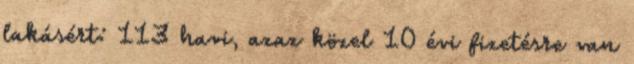
lakásért: 113 havi, azaz közel 10 évi fizetésre van